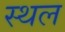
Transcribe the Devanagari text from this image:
स्थल